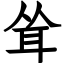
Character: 耸